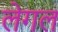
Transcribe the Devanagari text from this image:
लेगल